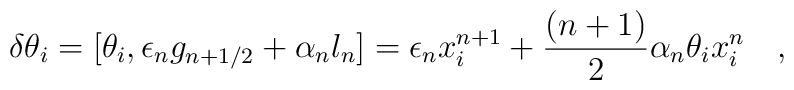
\delta \theta _i=[\theta_{i},\epsilon_{n}g_{n+1/2}+\alpha_{n}l_{n}]=\epsilon_{n}x_{i}^{n+1}+\frac{(n+1)}{2}\alpha_{n}\theta_{i}x_{i}^{n}\quad ,